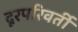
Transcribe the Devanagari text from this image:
दूरपरिवर्ती